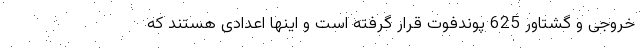
خروجی و گشتاور 625 پوندفوت قرار گرفته است و اینها اعدادی هستند که